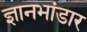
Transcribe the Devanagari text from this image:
ज्ञानभांडार